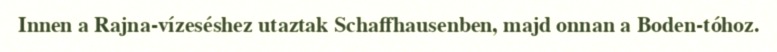
Innen a Rajna-vízeséshez utaztak Schaffhausenben, majd onnan a Boden-tóhoz.